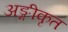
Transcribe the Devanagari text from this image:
अङ्गीकृत